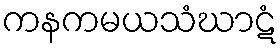
ကနကမယသံဃာဋံ